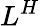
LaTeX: L^{H}